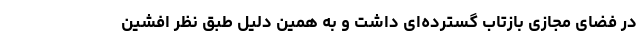
در فضای مجازی بازتاب گسترده‌ای داشت و به همین دلیل طبق نظر افشین